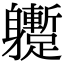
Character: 𨊝